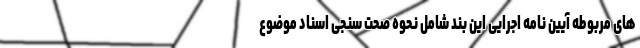
های مربوطه آیین نامه اجرایی این بند شامل نحوه صحت سنجی اسناد موضوع